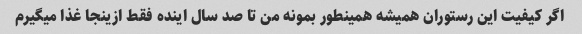
اگر کیفیت این رستوران همیشه همینطور بمونه من تا صد سال اینده فقط ازینجا غذا میگیرم